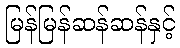
မြန်မြန်ဆန်ဆန်နှင့်